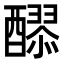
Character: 𮡄